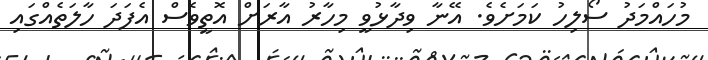
މުހައްމަދު ސޯލިހު ކަމަށެވެ. އޭނާ ވިދާޅުވީ މިހާރު އާރަށް އޮތީވެސް އެފަދަ ހާލަތެއްގައި